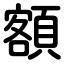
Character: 額